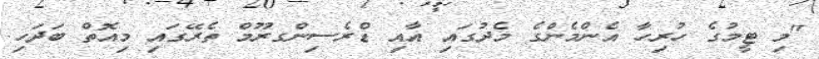
"މި ޓީމުގެ ހުރިހާ އެންމެންގެ މެދުގައި އާއި ޑްރެސިންގރޫމް ތެރޭގައި މިއޮތް ބަދަހި